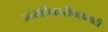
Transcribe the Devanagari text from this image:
उत्तराधिकारीपदासाठी